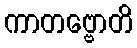
ကာတဗ္ဗောတိ